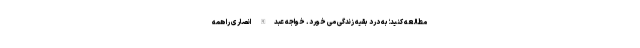
مطالعه کنید؛ به درد بقیه زندگی می خورد. خواجه عبدالله انصاری را همه